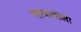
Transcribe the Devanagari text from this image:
मात्रावाला